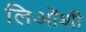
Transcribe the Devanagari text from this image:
लिओंशी